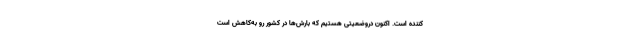
کننده است. اکنون دروضعیتی هستیم که بارش‌ها در کشور رو به‌کاهش است